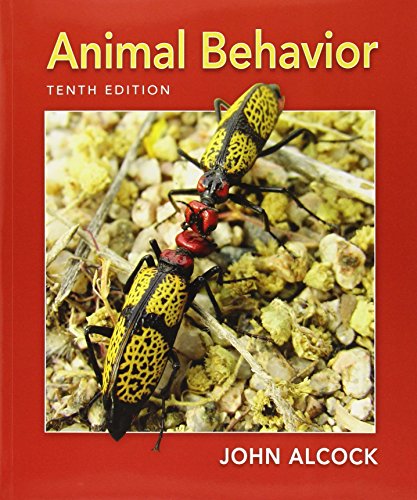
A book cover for Animal Behavior: An Evolutionary Approach, Tenth Edition; John Alcock; Science & Math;